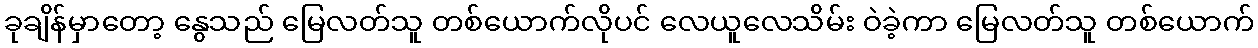
ခုချိန်မှာတော့ နွေသည် မြေလတ်သူ တစ်ယောက်လိုပင် လေယူလေသိမ်း ဝဲခဲ့ကာ မြေလတ်သူ တစ်ယောက်